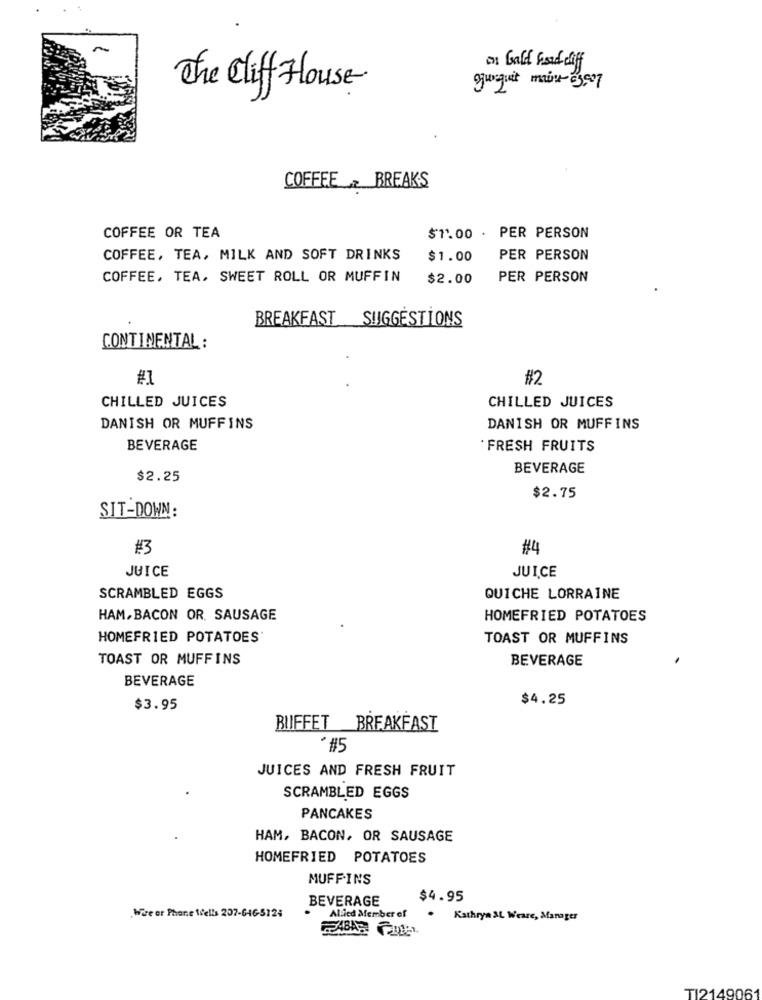
on Gaff hard cliff
The Cliff House
gunguit main- 63.507
COFFEE BREAKS
COFFEE OR TEA
$1.00 . PER PERSON
COFFEE, TEA, MILK AND SOFT DRINKS
$1.00
PER PERSON
COFFEE, TEA, SWEET ROLL OR MUFFIN
$2.00
PER PERSON
BREAKFAST SUGGESTIONS
CONTINENTAL:
#1
#2
CHILLED JUICES
CHILLED JUICES
DANISH OR MUFFINS
DANISH OR MUFFINS
BEVERAGE
FRESH FRUITS
BEVERAGE
$2.25
$2.75
SIT-DOWN:
#3
#4
JUICE
JUICE
SCRAMBLED EGGS
QUICHE LORRAINE
HAM,BACON OR. SAUSAGE
HOMEFRIED POTATOES
HOMEFRIED POTATOES
TOAST OR MUFFINS
TOAST OR MUFFINS
BEVERAGE
BEVERAGE
$4.25
$3.95
BUFFET BREAKFAST
*#5
JUICES AND FRESH FRUIT
SCRAMBLED EGGS
PANCAKES
HAM, BACON, OR SAUSAGE
HOMEFRIED POTATOES
MUFFINS
BEVERAGE
$4.95
Wise or Phone tells 207-646-5124
Allied Member of
.
Kathryn AL Weare, Manager
TI2149061